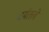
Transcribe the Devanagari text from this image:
धर्मतत्त्वे